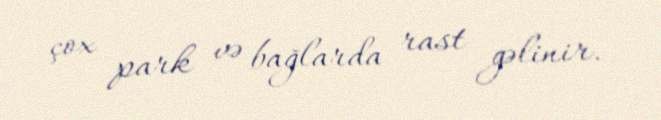
çox park və bağlarda rast gəlinir.